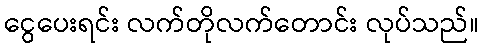
ငွေပေးရင်း လက်တိုလက်တောင်း လုပ်သည်။